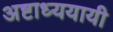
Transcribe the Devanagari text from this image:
अष्टाध्ययायी